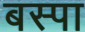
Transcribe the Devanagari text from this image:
बस्‍पा